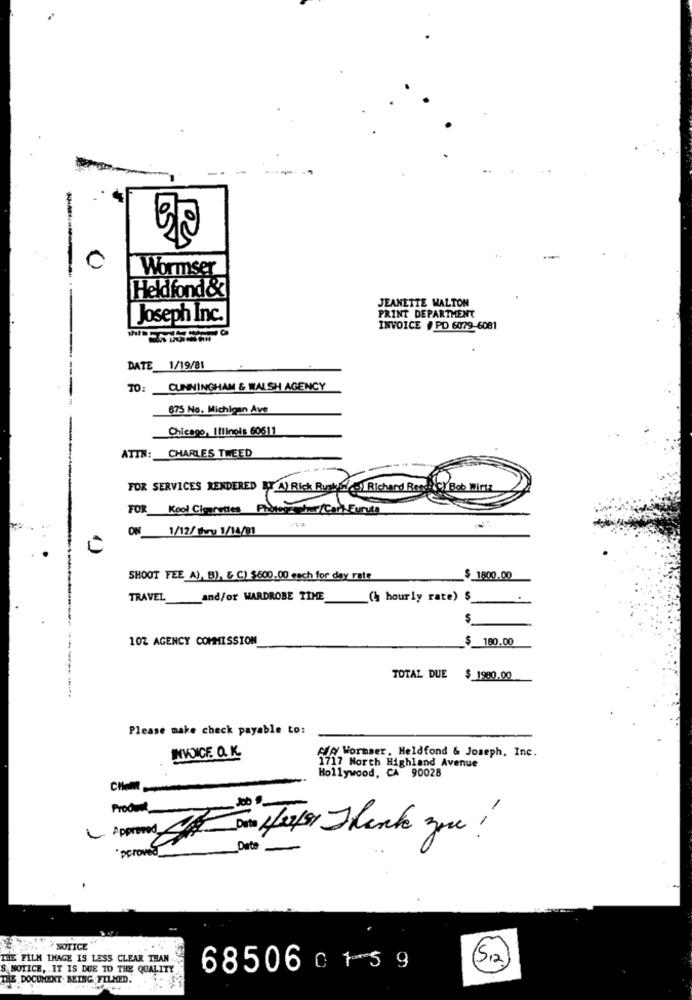
20
05
Wormser
Heldfond&
JEANETTE WALTON
Joseph Inc.
PRINT DEPARTMENT
INVOICE # PD 6079-6081
DATE 1/19/81
TO:
CUNNINGHAM & WALSH AGENCY
875 No. Michigan Ave
Chicago, Illinois 60611
ATTN: CHARLES TWEED
FOR SERVICES RENDERED BY A) Rick RuskER ..! Richard Reed
FOR_Kool Cigarettes Photogether/Carl Euruta
ON
1/12/ Chry 1/14/81
SHOOT FEE A), B), & C) $600.00 each for day rate
$ 1800.00
TRAVEL
and/or WARDROBE TIME
(à hourly rate) $
$
10Z AGENCY COMMISSION
$ 180.00
TOTAL DUE $ 1980.00
Please make check payable to:
INVNICE O. K.
/o Wormser, Heldfond & Joseph, Inc.
1717 North Highland Avenue
Hollywood, CA 90028
CHOml
Produit_
Et Dosta Herfst Thank you !
peroved
Date -
CEMNOTICE
THE FILM IMAGE IS LESS CLEAR THAN
S NOTICE, IT IS DUE TO THE QUALITY
68506 0159
THE DOCUMENT. BEING FILMED.